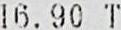
16.90 T